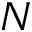
N